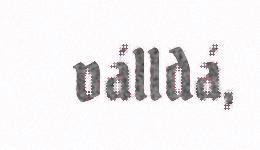
válldá,